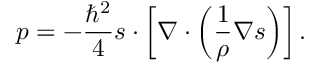
p = - \frac { { \hbar } ^ { 2 } } { 4 } \boldsymbol { s } \cdot \left[ \boldsymbol { \nabla } \cdot \left( \frac { 1 } { \rho } \boldsymbol { \nabla } \boldsymbol { s } \right) \right] .